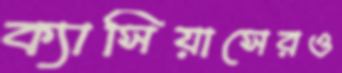
ক্যাসিয়াসেরও